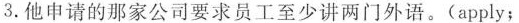
3.他申请的那家公司要求员工至少讲两门外语。(apply；